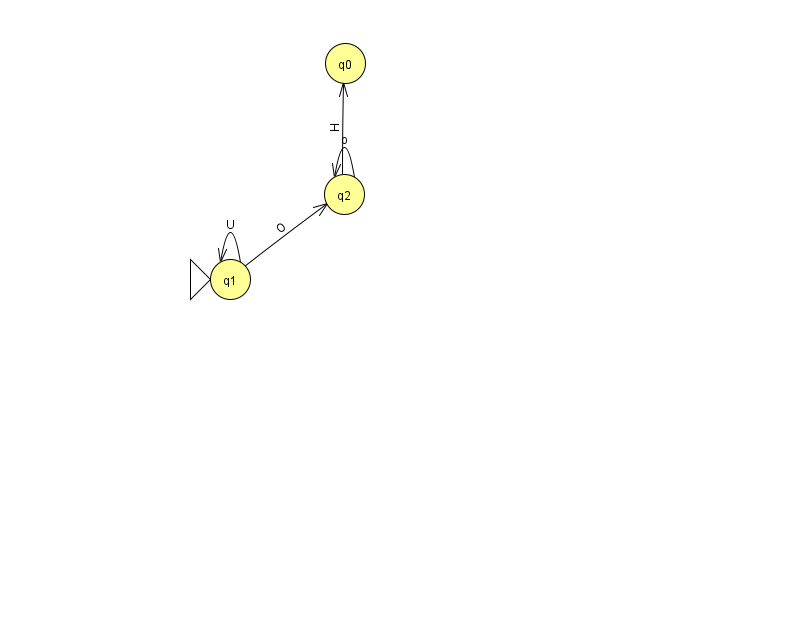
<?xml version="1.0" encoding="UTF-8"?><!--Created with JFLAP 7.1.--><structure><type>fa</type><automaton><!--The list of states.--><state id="0" name="q0"><x>345.0</x><y>50.0</y></state><state id="1" name="q1"><x>230.0</x><y>266.0</y><initial/></state><state id="2" name="q2"><x>344.0</x><y>181.0</y></state><!--The list of transitions.--><transition><from>2</from><to>0</to><read>H</read></transition><transition><from>1</from><to>1</to><read>U</read></transition><transition><from>1</from><to>2</to><read>O</read></transition><transition><from>2</from><to>2</to><read>o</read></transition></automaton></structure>